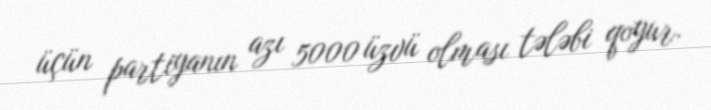
üçün partiyanın azı 5000 üzvü olması tələbi qoyur.